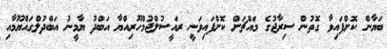
ބަޔާން ކޮށްފައިވާ ގޮތުން ސިރާޖުގެ މައްޗަށް ކޮށްފައިވަނީ ރައީސުލްޖުމްހޫރިއްޔާ އަބްދު ޔާމީނު އަބްދުލްގައްޔޫމާއި